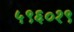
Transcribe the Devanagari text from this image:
५९६०१९